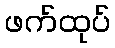
ဖက်ထုပ်